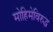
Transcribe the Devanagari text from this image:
मोहिमेविरुद्ध